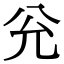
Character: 兊